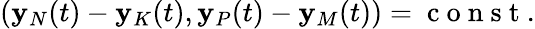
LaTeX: \begin{array}{r}{({\mathbf y}_{N}(t)-{\mathbf y}_{K}(t),{\mathbf y}_{P}(t)-{\mathbf y}_{M}(t))=\mathrm{~c~o~n~s~t~}.}\end{array}